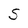
Character: S